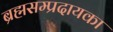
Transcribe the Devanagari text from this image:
ब्रह्मसम्प्रदायका